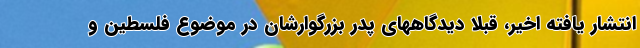
انتشار یافته اخیر، قبلا دیدگاههای پدر بزرگوارشان در موضوع فلسطین و